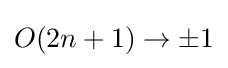
O(2n+1)\to \pm 1